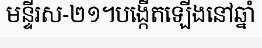
មន្ទីរស-២១។បង្កើតឡើងនៅឆ្នាំ